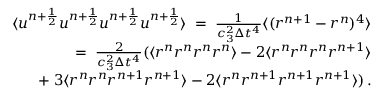
\begin{array} { r l r } & { } & { \langle u ^ { n + \frac { 1 } { 2 } } u ^ { n + \frac { 1 } { 2 } } u ^ { n + \frac { 1 } { 2 } } u ^ { n + \frac { 1 } { 2 } } \rangle \; = \; \frac { 1 } { c _ { 3 } ^ { 2 } \Delta { t } ^ { 4 } } \langle ( r ^ { n + 1 } - r ^ { n } ) ^ { 4 } \rangle } \\ & { } & { = \; \frac { 2 } { c _ { 3 } ^ { 2 } \Delta { t } ^ { 4 } } ( \langle r ^ { n } r ^ { n } r ^ { n } r ^ { n } \rangle - 2 \langle r ^ { n } r ^ { n } r ^ { n } r ^ { n + 1 } \rangle } \\ & { } & { + \; 3 \langle r ^ { n } r ^ { n } r ^ { n + 1 } r ^ { n + 1 } \rangle - 2 \langle r ^ { n } r ^ { n + 1 } r ^ { n + 1 } r ^ { n + 1 } \rangle ) \, . } \end{array}